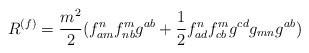
LaTeX: \begin{align*}R^{(f)}=\frac {m^2}{2}(f_{am}^nf_{nb}^mg^{ab}+\frac12f_{ad}^nf_{cb}^mg^{cd}g_{mn}g^{ab} )\end{align*}